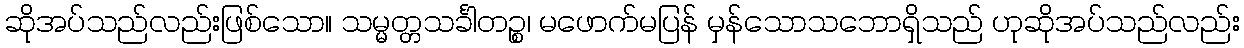
ဆိုအပ်သည်လည်းဖြစ်သော။ သမ္မတ္တသင်္ခါတဉ္စ၊ မဖောက်မပြန် မှန်သောသဘောရှိသည် ဟုဆိုအပ်သည်လည်း